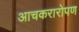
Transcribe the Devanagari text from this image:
आचकरारोपण